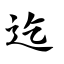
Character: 迄